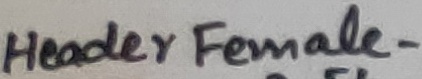
Text: Header Female-